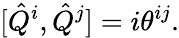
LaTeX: [\hat{Q}^{i},\hat{Q}^{j}]=i\theta^{ij}.